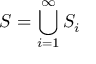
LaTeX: S = \bigcup _ { i = 1 } ^ { \infty } S _ { i }